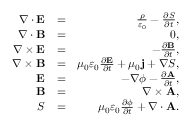
\begin{array} { r l r } { \nabla \cdot \mathbf { E } } & { = } & { \frac { \rho } { \varepsilon _ { 0 } } - \frac { \partial S } { \partial t } , } \\ { \nabla \cdot \mathbf { B } } & { = } & { 0 , } \\ { \nabla \times \mathbf { E } } & { = } & { - \frac { \partial \mathbf { B } } { \partial t } , } \\ { \nabla \times \mathbf { B } } & { = } & { \mu _ { 0 } \varepsilon _ { 0 } \frac { \partial \mathbf { E } } { \partial t } + \mu _ { 0 } \mathbf { j } + \nabla S , } \\ { \mathbf { E } } & { = } & { - \nabla \phi - \frac { \partial \mathbf { A } } { \partial t } , } \\ { \mathbf { B } } & { = } & { \nabla \times \mathbf { A } , } \\ { S } & { = } & { \mu _ { 0 } \varepsilon _ { 0 } \frac { \partial \phi } { \partial t } + \nabla \cdot \mathbf { A } . } \end{array}